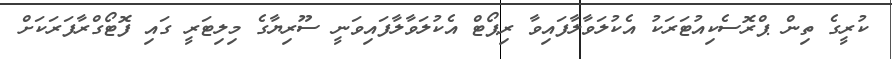
ކުރީގެ ތިން ޕްރޮސެކިއުޓަރަކު އެކުލަވާލާފައިވާ ރިޕޯޓް އެކުލަވާލާފައިވަނީ ސޫރިޔާގެ މިލިޓަރީ ގައި ފޮޓޯގްރާފަރަކަށް